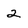
Character: 2